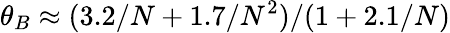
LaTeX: \theta_{B}\approx(3.2/N+1.7/N^{2})/(1+2.1/N)